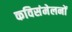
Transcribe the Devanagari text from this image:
कविसंमेलनों